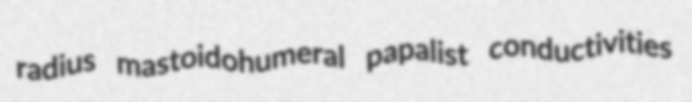
radius mastoidohumeral papalist conductivities